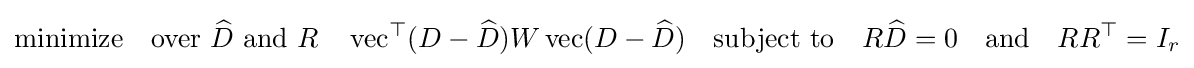
{\text{minimize}}\quad {\text{over }}{\widehat {D}}{\text{ and }}R\quad \operatorname {vec} ^{\top }(D-{\widehat {D}})W\operatorname {vec} (D-{\widehat {D}})\quad {\text{subject to}}\quad R{\widehat {D}}=0\quad {\text{and}}\quad RR^{\top }=I_{r}